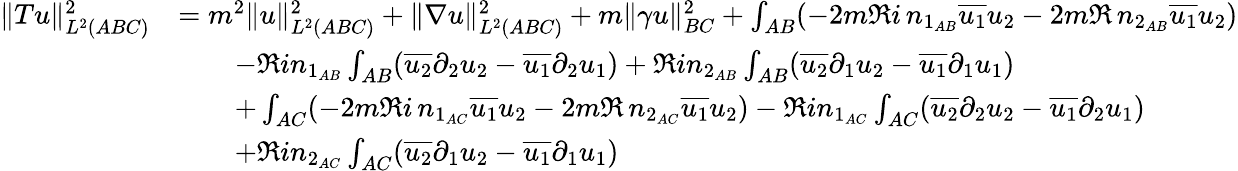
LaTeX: \begin{array}{rl}{\| Tu\| _{L^{2}(ABC)}^{2}}&{=m^{2}\| u\| _{L^{2}(ABC)}^{2}+\| \nabla u\| _{L^{2}(ABC)}^{2}+m\| \gamma u\| _{BC}^{2}+\int_{AB}(-2m\Re i\, n_{1_{AB}}\overline{{u_{1}}}u_{2}-2m\Re\, n_{2_{AB}}\overline{{u_{1}}}u_{2})}\\ &{\qquad-\Re in_{1_{AB}}\int_{AB}(\overline{{u_{2}}}\partial_{2}u_{2}-\overline{{u_{1}}}\partial_{2}u_{1})+\Re in_{2_{AB}}\int_{AB}(\overline{{u_{2}}}\partial_{1}u_{2}-\overline{{u_{1}}}\partial_{1}u_{1})}\\ &{\qquad+\int_{AC}(-2m\Re i\, n_{1_{AC}}\overline{{u_{1}}}u_{2}-2m\Re\, n_{2_{AC}}\overline{{u_{1}}}u_{2})-\Re in_{1_{AC}}\int_{AC}(\overline{{u_{2}}}\partial_{2}u_{2}-\overline{{u_{1}}}\partial_{2}u_{1})}\\ &{\qquad+\Re in_{2_{AC}}\int_{AC}(\overline{{u_{2}}}\partial_{1}u_{2}-\overline{{u_{1}}}\partial_{1}u_{1})}\end{array}